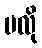
မလို